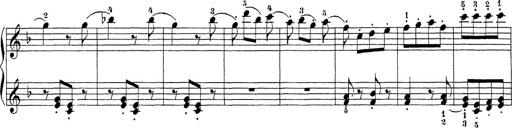
Title: Sonatina Album
Composer: Louis KÃ¶hler